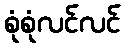
စုံစုံလင်လင်